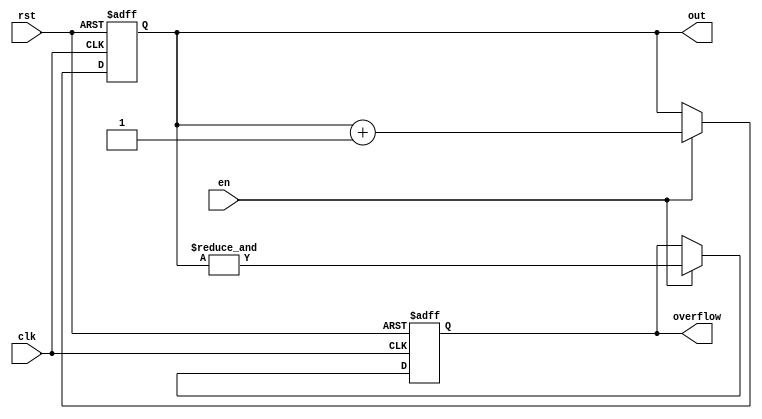
`timescale 1 ns / 100 ps



module counter #(
    //Top level block parameters
    parameter WIDTH = 4
) (
	out,
	clk,
    en,
	rst,
    overflow
);

   

//Output ports
output reg [WIDTH-1:0] out;
output reg          overflow;
   

//Input ports
input clk;
input rst;
input en;
   



always @(posedge clk or posedge rst) begin
  if (rst) begin
    out <= 0;
    overflow <= 0;
  end else if (en) begin
    out <= out + 1;
    //overflow <= (out == 2 ** WIDTH -1);  
    overflow <= &out;
     
  end
end
endmodule // counter



////module comparator2 (
////	y,
////	a,
////    b
////);
////
////   output       y;
////   input  [1:0] a,b;
////
////   assign y = (a[1] & ~b[1]) | (a[0] & ~b[1] & ~b[0]) | (a[1] & a[0] & ~b[0]);
////   
////
////endmodule // comparator2


module comp_1b (
	a,
    b,
    equal,
    a_larger
);

   output       equal,a_larger;
   input        a,b;

   assign equal    = (a  & b) | (~a & ~b);
   assign a_larger = (a  & ~b);
   

endmodule // comp_1b


              
module comp_2b (
	a_gt_b,
	a,
    b
);

   output       a_gt_b;
   input  [1:0] a,b;

   wire [1:0]   e,agt;

   comp_1b comp0(.a(a[0]),.b(b[0]),.equal(e[0]),.a_larger(agt[0]));
   comp_1b comp1(.a(a[1]),.b(b[1]),.equal(e[1]),.a_larger(agt[1]));

   assign a_gt_b = agt[1] | (agt[0] & e[1]);
   

endmodule // comp_2b



module comp_4b (
	a_gt_b,
	a,
    b
);

   output       a_gt_b;
   input  [3:0] a,b;

   wire [3:0]   e,agt;

   comp_1b comp0(.a(a[0]),.b(b[0]),.equal(e[0]),.a_larger(agt[0]));
   comp_1b comp1(.a(a[1]),.b(b[1]),.equal(e[1]),.a_larger(agt[1]));
   comp_1b comp2(.a(a[2]),.b(b[2]),.equal(e[2]),.a_larger(agt[2]));
   comp_1b comp3(.a(a[3]),.b(b[3]),.equal(e[3]),.a_larger(agt[3]));

   assign a_gt_b = agt[3] | (agt[2] & e[3]) | (agt[1] & e[3] & e[2]) | (agt[0] & e[3] & e[2] & e[1]);
   

endmodule // comp_4b


module comp_8b (
	a_gt_b,
	a,
    b
);

   output       a_gt_b;
   input  [7:0] a,b;

   wire [7:0]   e,agt;

   wire         e76,e75,e74,e73,e72,e71;
   

   comp_1b comp0(.a(a[0]),.b(b[0]),.equal(e[0]),.a_larger(agt[0]));
   comp_1b comp1(.a(a[1]),.b(b[1]),.equal(e[1]),.a_larger(agt[1]));
   comp_1b comp2(.a(a[2]),.b(b[2]),.equal(e[2]),.a_larger(agt[2]));
   comp_1b comp3(.a(a[3]),.b(b[3]),.equal(e[3]),.a_larger(agt[3]));
   comp_1b comp4(.a(a[4]),.b(b[4]),.equal(e[4]),.a_larger(agt[4]));
   comp_1b comp5(.a(a[5]),.b(b[5]),.equal(e[5]),.a_larger(agt[5]));
   comp_1b comp6(.a(a[6]),.b(b[6]),.equal(e[6]),.a_larger(agt[6]));
   comp_1b comp7(.a(a[7]),.b(b[7]),.equal(e[7]),.a_larger(agt[7]));

   assign e76 = e[7] & e[6];
   assign e75 = e76  & e[5];
   assign e74 = e75  & e[4];
   assign e73 = e74  & e[3];
   assign e72 = e73  & e[2];
   assign e71 = e72  & e[1];
   
   assign a_gt_b = agt[7] | (agt[6] & e[7]) | (agt[5] & e76) | (agt[4] & e75) | (agt[3] & e74) | (agt[2] & e73) | (agt[1] & e72) | (agt[0] & e71);
   

endmodule // comp_8b


module prg_4b (
	clk,
    rst,
    en,
    bin_in,
    sn_out,
    ctr_overflow  
);

   input       clk,rst,en;
   input [3:0] bin_in;
   output      sn_out,ctr_overflow;

   wire [3:0]  ctr4_out;
   
   

counter #(
   .WIDTH (4)
) ctr4 (
  .clk(clk),
  .rst(rst),
  .en(en),
  .out(ctr4_out),
  .overflow(ctr_overflow)
);


comp_4b     comp4 (.a(bin_in), .b(ctr4_out), .a_gt_b(sn_out));

endmodule // prg_4b


module det_stoch_mul (
	a,
    b,
    y
);

   input a,b;
   output y;

   assign y = a & b;

endmodule // det_stoch_mul



module dsc_mul_top (
    clk,
    rst,
    en,
    input_bin_a,
    input_bin_b,
    bin_out,
    bin_out_overflow
);

   input [3:0] input_bin_a,input_bin_b;
   input       clk,rst,en;
   output [7:0] bin_out;
   output       bin_out_overflow;

   wire         sn_out_a,sn_out_b,sn_mul_out;
   wire         ctr4_overflow_a,ctr4_overflow_b;
   


   //bin2stoch a   
prg_4b dut_prg4b_a (
  .clk(clk),
  .rst(rst),
  .en(en),
  .bin_in(input_bin_a),
  .sn_out(sn_out_a),
  .ctr_overflow(ctr4_overflow_a)         
);

//bin2stoch b
prg_4b dut_prg4b_b (
  .clk(ctr4_overflow_a),
  .rst(rst),
  .en(en),
  .bin_in(input_bin_b),
  .sn_out(sn_out_b),
  .ctr_overflow(ctr4_overflow_b)         
);

//multiplier circuit
det_stoch_mul dut_mul (
  .a(sn_out_a),
  .b(sn_out_b),
  .y(sn_mul_out)
);
                       
//stoch2bin out
counter #(
  .WIDTH (8)
) stoch2bin_out (
  .clk(clk),
  .rst(rst),
  .en(sn_mul_out),
  .out(bin_out),
  .overflow(bin_out_overflow)
);



endmodule // dsc_mul_top